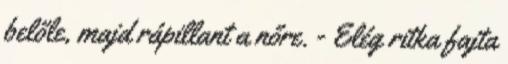
belőle, majd rápillant a nőre. - Elég ritka fajta